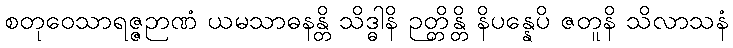
စတုဝေသာရဇ္ဇဉာဏံ ယမသာဓနန္တိ သိဒ္ဓါနိ ဉတ္တိန္တိ နိပန္နေပိ ဇတူနိ သိလာသနံ